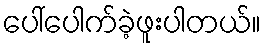
ပေါ်ပေါက်ခဲ့ဖူးပါတယ်။